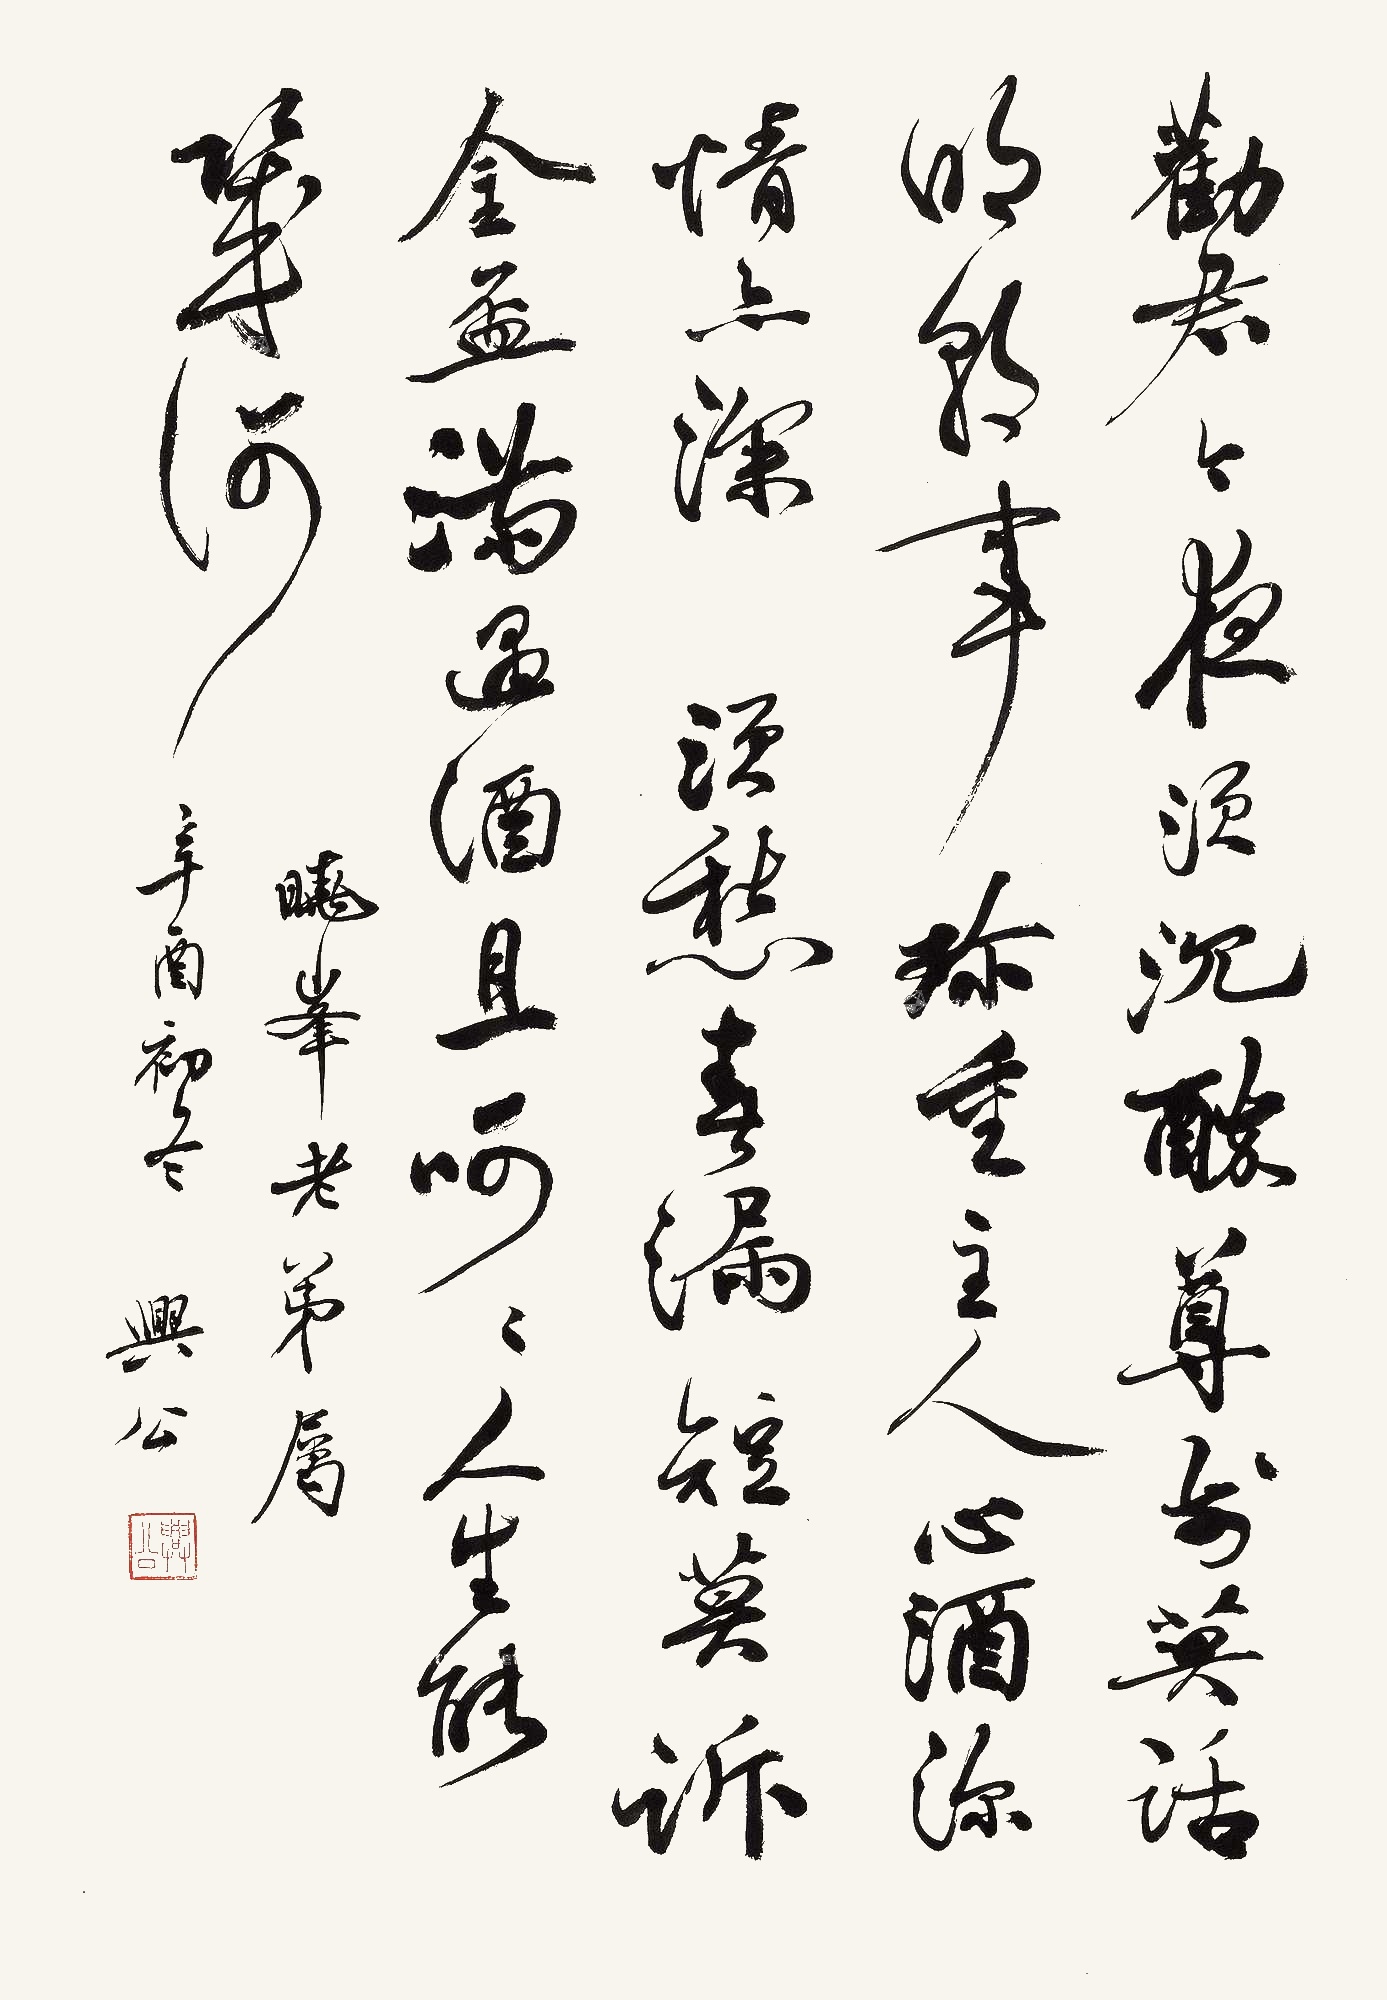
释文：劝君今夜须沉醉,尊前莫话明朝事。珍重主人心,酒深情亦深。须愁春漏短,莫诉金杯满。遇酒且呵呵,人生能几何。晓峰老弟属，辛酉（1981年）初冬，兴公。